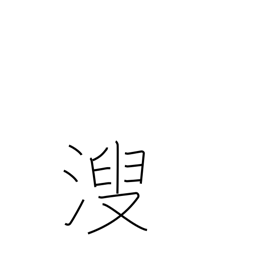
Meaning: urine